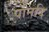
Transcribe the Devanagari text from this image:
पानदि